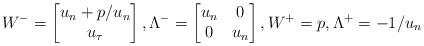
LaTeX: \begin{align*}W^-=\begin{bmatrix}u_n+p/u_n\\u_{\tau} \end{bmatrix},\Lambda^- =\begin{bmatrix}u_n & 0 \\0 & u_n \end{bmatrix},W^+= p,\Lambda^+ = -1/u_n\end{align*}